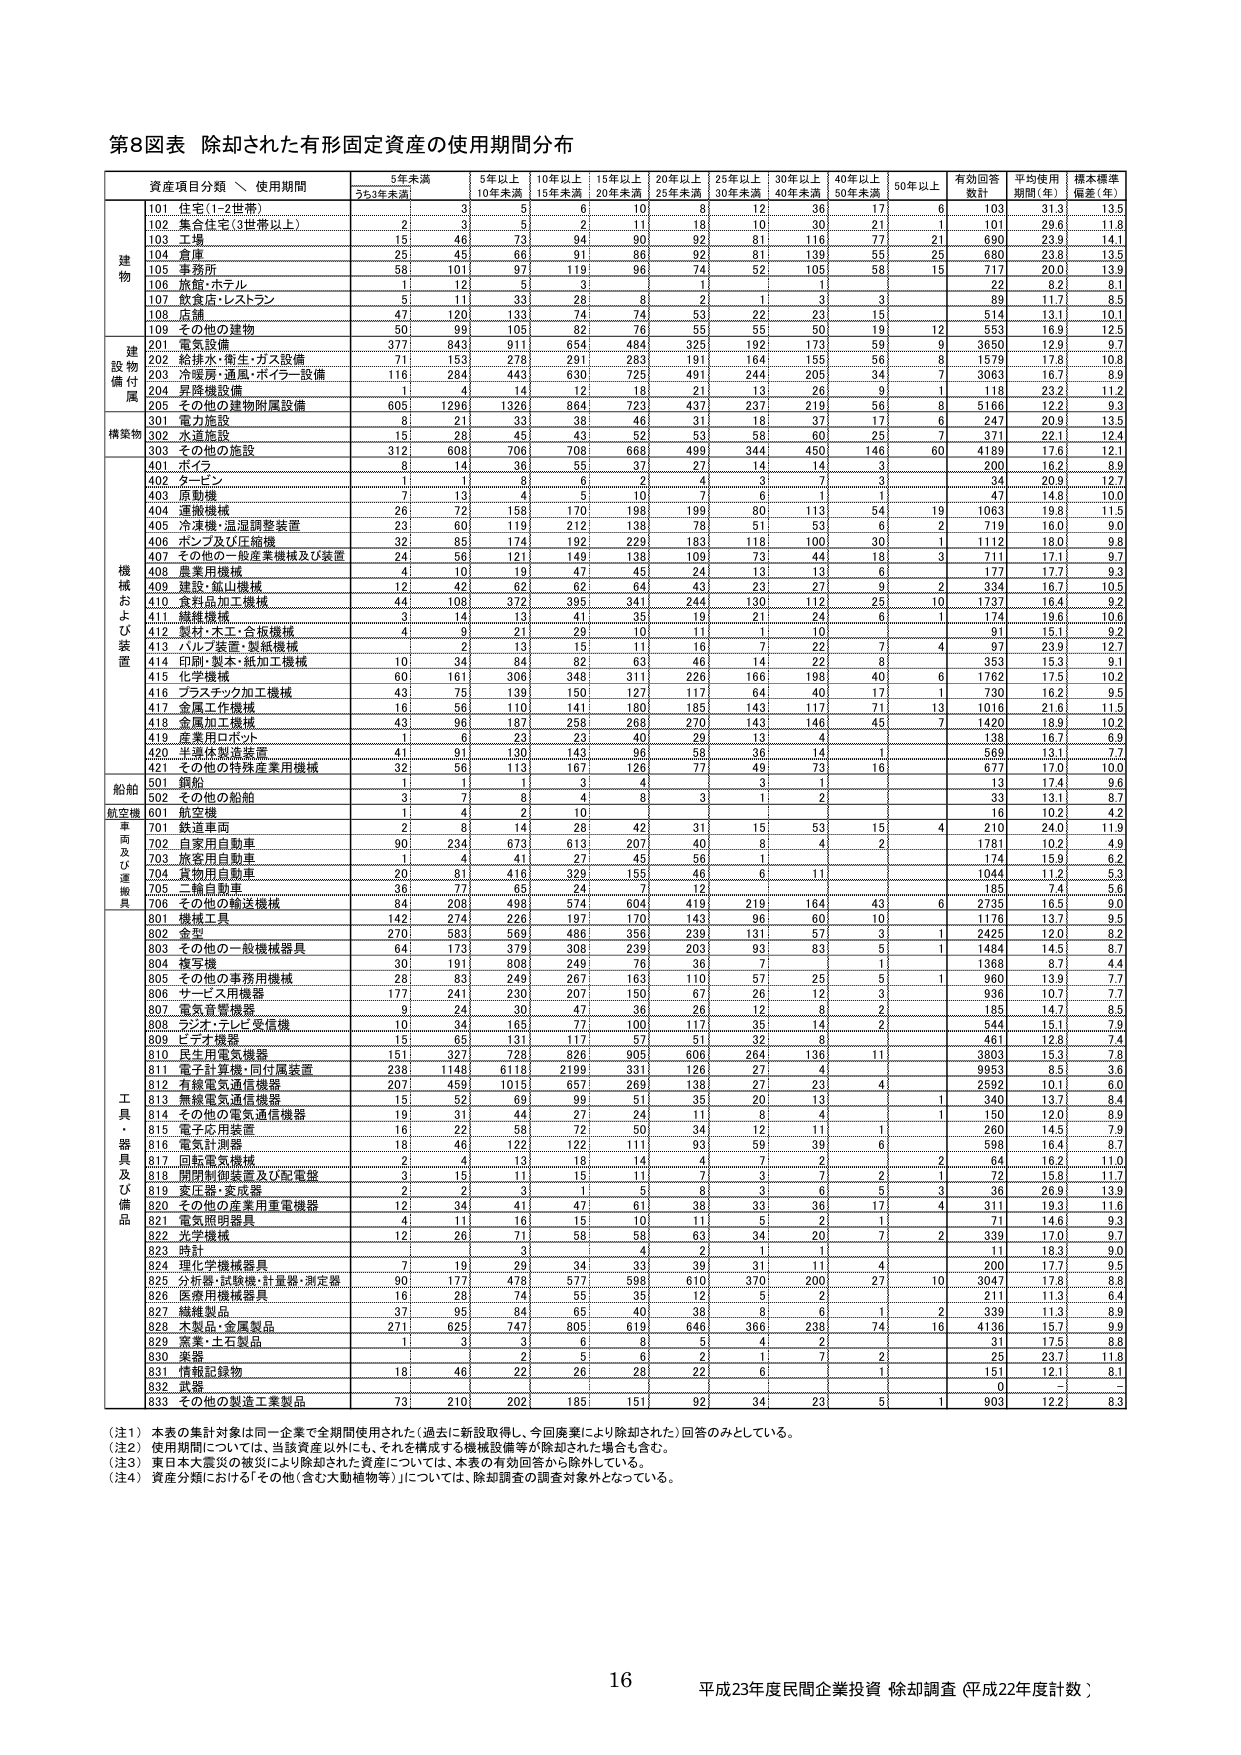
第8図表 除却された有形固定資産の使用期間分布

資産項目分類 \ 使用期間 5年未満 5年以上 10年以上 15年以上 20年以上 25年以上 30年以上 40年以上 50年以上 有効回答数計 平均使用期間（年） 標本標準偏差（年）
5年未満 10年未満 15年未満 20年未満 25年未満 30年未満 40年未満 50年未満

建物
101 住宅（1～2世帯） 3 5 6 10 8 12 36 17 6 103 31.3 13.5
102 集合住宅（3世帯以上） 2 3 5 2 11 18 10 30 21 1 101 29.6 11.8
103 工場 15 46 73 94 90 92 81 116 77 21 690 23.9 14.1
104 倉庫 25 45 66 91 96 92 81 139 55 25 680 23.8 13.5
105 事務所 58 101 97 119 96 74 52 105 58 15 717 20.0 13.9
106 旅館・ホテル 1 12 5 3 1 1 1 22 8.2 8.1
107 飲食店・レストラン 5 11 33 28 8 2 1 3 3 89 11.7 8.5
108 店舗 47 120 133 74 74 53 22 23 15 514 13.1 10.1
109 その他の建物 50 99 105 82 76 55 55 50 19 12 553 16.9 12.5

建設物附属
201 電気設備 377 843 911 654 484 325 192 173 59 9 3650 12.9 9.7
202 給排水・衛生・ガス設備 71 153 278 291 283 191 164 155 56 8 1579 17.8 10.8
203 冷暖房・通風・ボイラー設備 116 284 443 630 725 491 244 205 34 7 3063 16.7 8.9
204 昇降機設備 1 4 14 12 18 21 13 26 9 1 118 23.2 11.2
205 その他の建物附属設備 605 1296 1326 864 723 437 237 219 56 8 5166 12.2 9.3

構築物
301 電力施設 8 21 33 38 46 31 18 37 17 6 247 20.9 13.5
302 水道施設 15 28 45 43 52 53 58 60 25 7 371 22.1 12.4
303 その他の施設 312 608 706 708 668 499 344 450 146 60 4189 17.6 12.1
401 ポイズ 8 14 36 55 37 27 14 14 3 200 16.2 8.9
402 タービン 1 1 8 5 2 4 3 7 3 34 20.9 12.7
403 原動機 7 13 4 5 10 7 6 1 1 47 14.8 10.0
404 運搬機械 26 72 158 170 198 199 80 113 54 19 1063 19.8 11.5
405 冷凍機・温湿度調整装置 23 60 119 212 138 78 51 53 19 2 719 16.0 9.0
406 ポンプ及び圧縮機 32 85 174 192 229 183 118 100 30 1 1112 16.0 9.8
407 その他の一般産業機械及び装置 24 56 121 149 138 109 73 44 18 3 711 17.1 9.7
408 農業用機械 4 10 19 47 45 24 13 13 6 177 17.7 9.3
409 建設・鉱山機械 12 42 62 62 64 43 23 27 9 2 334 16.7 10.5
410 食料品加工機械 44 108 372 395 341 244 130 112 25 10 1737 16.4 9.2
411 繊維機械 3 14 13 41 35 19 21 24 6 1 174 19.6 10.6
412 製材・木工・合板機械 4 9 21 29 10 11 1 10 91 15.1 9.2
413 ハルプ装置・製紙機械 2 13 15 11 16 7 22 7 4 97 23.9 12.7
414 印刷・製本・紙加工機械 10 34 84 82 63 46 14 22 8 353 15.3 9.1
415 化学機械 60 161 306 348 311 226 166 198 40 6 1762 17.5 10.2
416 プラスチック加工機械 43 75 139 150 127 117 64 40 17 1 730 16.2 9.5
417 金属加工機械 16 56 110 141 180 185 143 117 71 13 1016 21.6 11.5
418 金属加工機械 43 96 187 258 268 270 143 146 45 7 1420 18.9 10.2
419 産業用ロボット 1 6 23 23 40 29 13 4 138 16.7 6.9
420 半導体製造装置 41 91 130 143 96 58 36 14 1 569 13.1 7.7
421 その他の特殊産業用機械 32 56 113 167 126 77 49 73 16 677 17.0 10.0

船舶
501 鋼船 1 1 1 3 4 3 3 1 1 13 17.4 9.6
502 その他の船舶 3 6 8 4 8 3 1 2 33 13.1 8.7

航空機
601 航空機 1 4 2 10 16 10.2 4.2

車両及び運搬具
701 鉄道車両 2 8 14 28 42 31 15 53 15 4 210 24.0 11.9
702 自家用自動車 90 234 673 613 707 40 8 4 2 1781 10.2 4.9
703 旅客用自動車 1 4 41 27 45 56 1 174 15.9 6.2
704 貨物用自動車 20 81 416 329 155 46 6 11 1044 11.2 5.3
705 二輪自動車 36 77 65 24 12 185 7.4 5.6
706 その他の輸送機械 84 208 498 574 604 419 219 164 43 6 2735 16.5 9.0

工具・器具及び備品
801 機械工具 142 274 226 197 170 143 96 60 10 1176 13.7 9.5
802 金型 270 583 569 486 356 239 131 57 3 1 2425 12.0 8.2
803 その他の一般機械器具 64 173 379 308 239 203 93 83 5 1 1484 14.5 8.7
804 複写機 30 191 808 249 76 36 7 1 1368 8.7 4.4
805 その他の事務用機械 28 83 249 267 163 110 57 25 5 1 960 13.9 7.7
806 サービス用機器 177 241 230 207 150 67 26 12 3 936 10.7 7.7
807 電気音響機器 9 24 30 47 36 26 12 8 2 185 14.7 8.5
808 ファクシミリ・テレビ受信機 10 34 165 77 100 117 35 14 2 544 15.1 7.9
809 ビデオ機器 15 65 131 117 57 51 32 8 461 12.8 7.4
810 民生用電気機器 151 327 728 826 905 606 264 136 11 3803 15.3 7.8
811 電子計算機・同付属装置 238 1148 6118 2199 331 126 27 4 9953 8.5 3.6
812 有線電気通信機器 207 459 1015 657 269 136 27 23 4 2592 10.1 6.0
813 無線電気通信機器 15 52 69 99 51 36 20 13 1 340 13.7 8.4
814 その他の電気通信機器 19 31 44 27 24 11 8 4 1 150 12.0 8.9
815 電子応用装置 16 22 56 72 50 34 12 11 1 260 14.5 7.9
816 電気計測器 18 46 122 122 111 93 59 39 6 598 16.4 8.7
817 回転電気機械 2 4 13 18 14 4 7 2 2 64 16.2 11.0
818 開閉制御装置及び配電盤 3 15 11 15 11 7 3 7 2 1 72 15.8 11.7
819 変圧器・変成器 2 2 3 1 5 8 3 6 5 3 36 26.9 13.9
820 その他の産業用電電機器 12 34 41 47 61 38 33 36 17 4 311 19.3 11.6
821 電気照明器具 4 11 16 15 10 11 5 2 1 71 14.6 9.3
822 光学機械 12 26 71 58 58 63 34 20 7 2 339 17.0 9.7
823 時計 3 4 2 1 1 11 18.3 9.0
824 理化学機械器具 7 19 29 34 33 39 31 11 4 200 17.7 9.5
825 分析器・試験機・計量器・測定器 90 177 478 577 598 610 370 200 27 10 3047 17.8 8.8
826 医療用機械器具 16 28 74 55 35 12 5 2 211 11.3 6.4
827 繊維製品 37 95 84 65 40 38 8 6 1 2 339 11.3 8.9
828 木製品・金属製品 271 625 747 805 619 646 366 238 74 16 4136 15.7 9.9
829 窯業・土石製品 1 3 3 6 8 5 4 2 31 17.5 8.8
830 薬器 2 5 6 2 1 7 2 25 23.7 11.8
831 情報記録物 18 46 22 26 28 22 6 1 151 12.1 8.1
832 武器 0
833 その他の製造工業製品 73 210 202 185 151 92 34 23 5 1 903 12.2 8.3

（注1） 本表の集計対象は同一企業で全期間使用された（過去に新設取得し、今回廃棄により除却された）回答のみとしている。
（注2） 使用期間については、当該資産以外にも、それを構成する機械設備等が除却された場合も含む。
（注3） 東日本大震災の被災により除却された資産については、本表の有効回答から除外している。
（注4） 資産分類における「その他（含む大動植物等）」については、除却調査の調査対象外となっている。

16 平成23年度民間企業投資 除却調査（平成22年度計数）